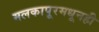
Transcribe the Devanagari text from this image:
मलकापूरमधूनही